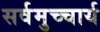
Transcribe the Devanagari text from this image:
सर्वमुच्चार्य